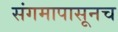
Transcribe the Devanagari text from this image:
संगमापासूनच